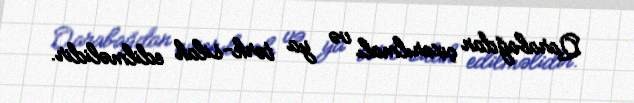
Qarabağdan çıxarılmalı və ya tərk-silah edilməlidir.